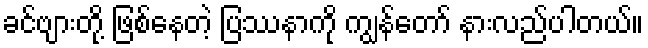
ခင်ဗျားတို့ ဖြစ်နေတဲ့ ပြဿနာကို ကျွန်တော် နားလည်ပါတယ်။